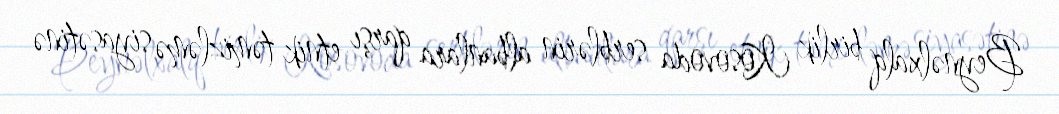
Beynəlxalq birlik Kosovoda serblərin albanlara qarşı etnik təmizləmə siyasətinə